Elephants and their diseases
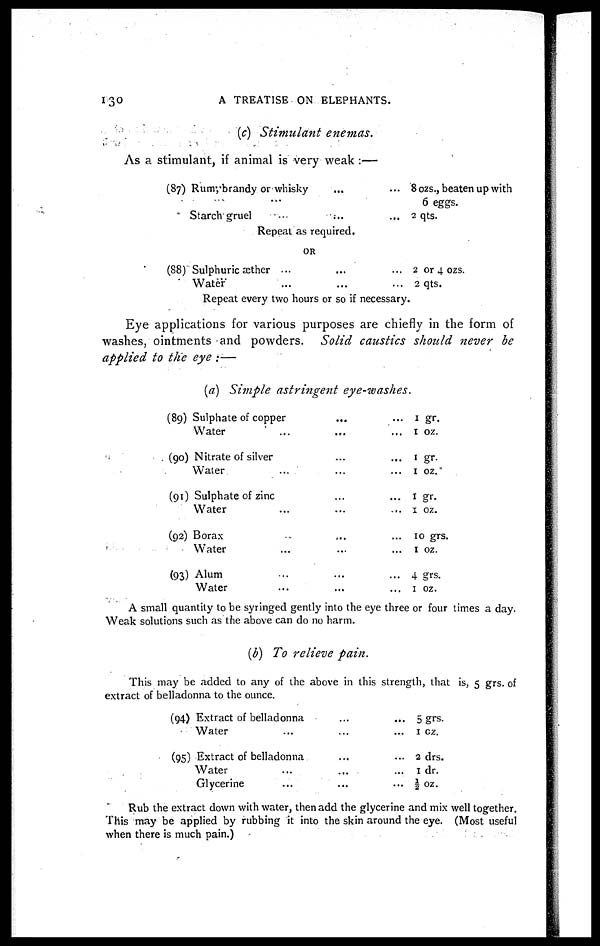
130
A TREATISE ON ELEPHANTS.
(c) Stimulant
enemas.
As a stimulant, if animal is very weak :—
(87) Rumybrandy or whisky......
...
Starch gruel
.........
8 ozs., beaten up with
6 eggs.
2 qts.
Repeat as required.
OR
(88) Sulphuric æther ......
Water...
2 or 4 ozs.
2 qts.
Repeat every two hours or so if necessary.
Eye applications for various purposes are chiefly in the form of
washes, ointments and powders.
Solid caustics should never be
applied to the eye :—
(a) Simple astringent
eye-washes.
(89)
(90)
(90
(92)
(93)
Sulphate of copper......
Water.........
Nitrate of silver......
Water.........
Sulphate of zinc......
Water.........
Borax.........
Water.........
Alum.........
Water.........
1 gr.
1 oz.
1 gr.
1 oz.
1 gr.
1
oz.
10 grs.
1 oz.
4 grs.
1 oz.
A small quantity to be syringed gently into the eye three or four times a day.
Weak solutions such as the above can do no harm.
(b) To relieve pain.
This may be added to any of the above in this strength, that is, 5 grs. of
extract of belladonna to the ounce.
(94)
(95)
Extract of belladonna......
Water.........
Extract of belladonna......
Water.........
Glycerine.........
5 grs.
1 oz.
2 drs.
1 dr.
½ oz.
Rub the extract down with water, then add the glycerine and mix well together.
This may be applied by rubbing it into the skin around the eye. (Most useful
when there is much pain.)